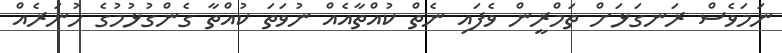
ނަމަވެސް ރަނގަޅަށް ތަމްރީން ވެފައި ނެތް ކުއްތާއެއް ނުވަތަ ކުއްތާ ގެންގުޅުމުގެ ހުނަރެއް